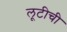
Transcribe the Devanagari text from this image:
लूटीची